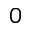
0